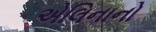
એલિનાનો